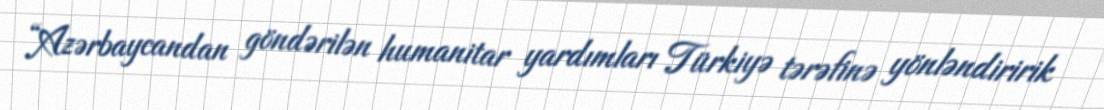
“Azərbaycandan göndərilən humanitar yardımları Türkiyə tərəfinə yönləndiririk